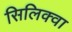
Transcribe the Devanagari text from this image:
सिलिक्वा